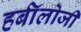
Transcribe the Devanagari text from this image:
हर्बॉलोजी